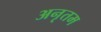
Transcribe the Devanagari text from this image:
अनृतम